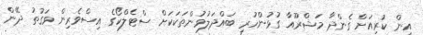
އިން ކުރިއަށް ގެންދާ މަޝްރޫއާ ގުޅުންހުރި ބައްދަލުވުންތަކަކަށް ސްޓެލްކޯގެ އިސްވެރިން ވަގުތު ދޭން